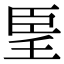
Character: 𦣠